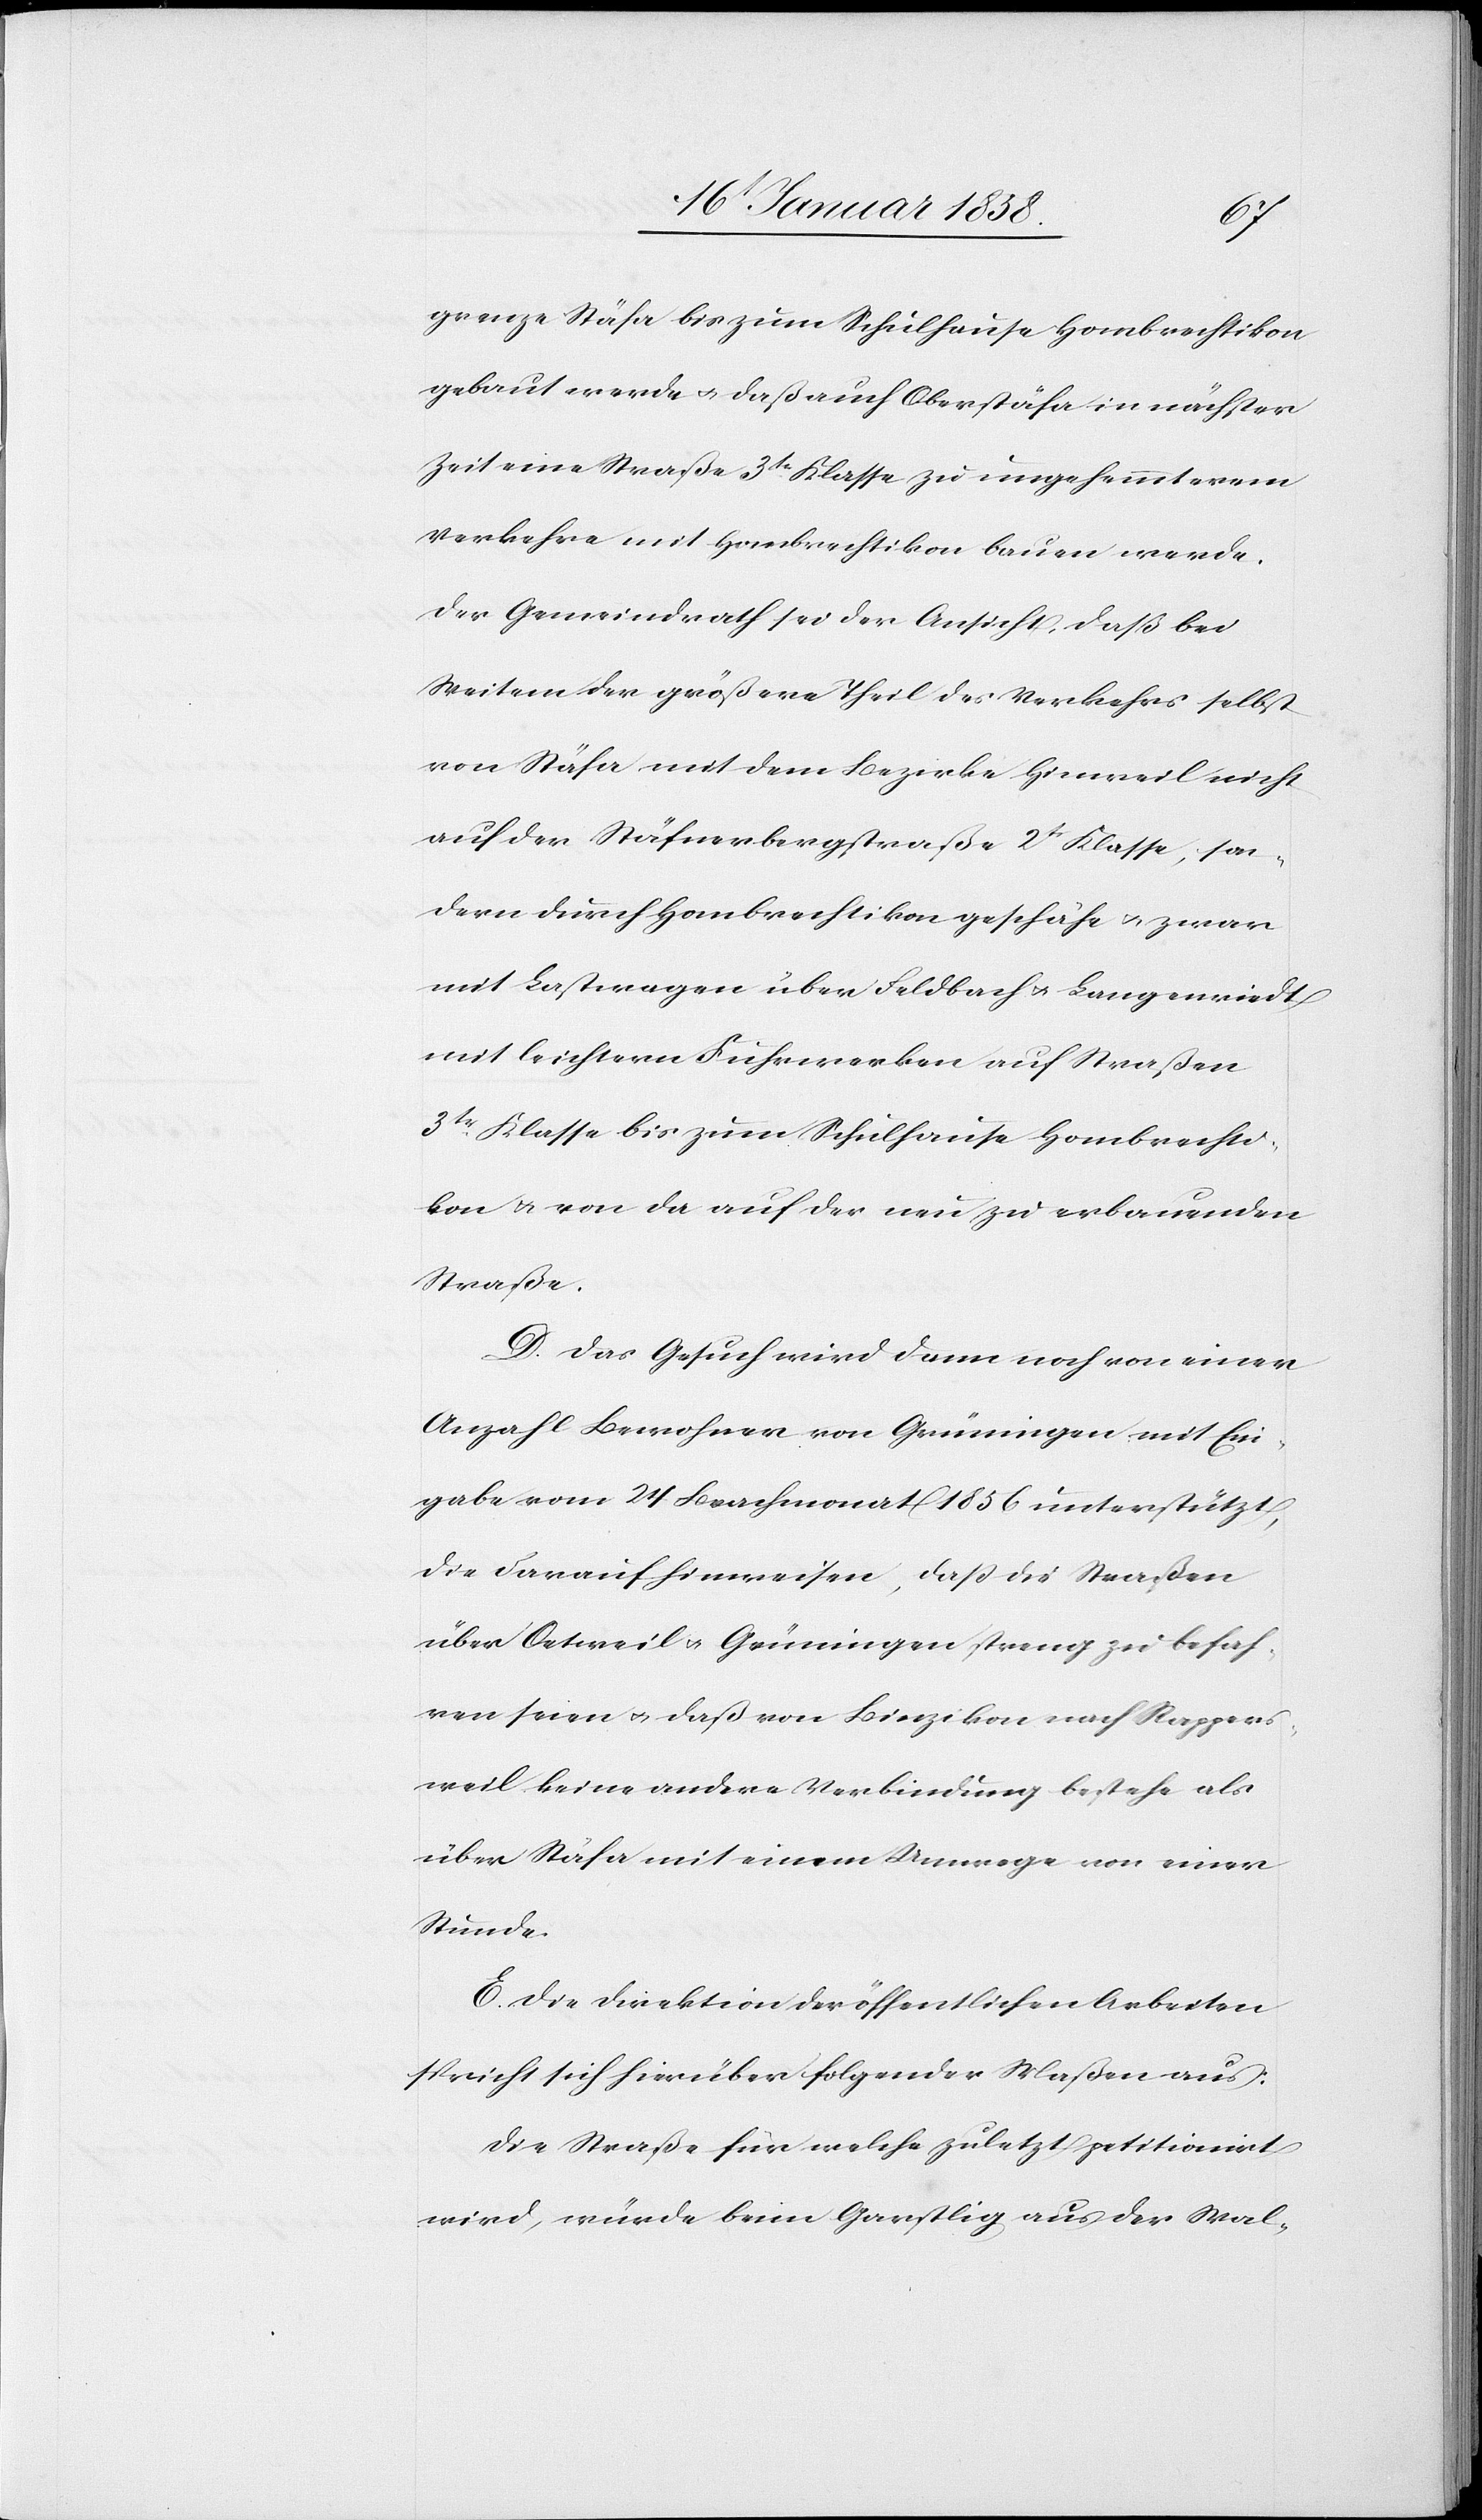
grenze Stäfa bis zum Schulhause Hombrechtikon
gebaut werde u. daß auch Oberstäfa in nächster
Zeit eine Straße 3te. Klasse zu ungehemmterem
Verkehre mit Hombrechtikon bauen werde.
Der Gemeindrath sei der Ansicht, daß bei
Weitem der größere Theil des Verkehrs selbst
von Stäfa mit dem Bezirke Hinweil nicht
auf der Stäfnerbergstraße 2t. Klasse, son¬
dern durch Hombrechtikon geschähe u. zwar
mit Lastwagen über Feldbach u. Langenriedt,
mit leichtern Fuhrwerken auf Straßen
3tr. Klasse bis zum Schulhause Hombrechti¬
kon u. von da auf der neu zu erbauenden
Straße.
D. Das Gesuch wird dann noch von einer
Anzahl Bewohner von Grüningen mit Ein¬
gabe vom 24 Brachmonat 1856 unterstützt,
die daraufhinweisen, daß die Straßen
über Oetweil u. Grüningen streng zu befah¬
ren seien u. daß von Binzikon nach Rappers¬
weil keine andere Verbindung bestehe als
über Stäfa mit einem Umwege von einer
Stunde.
E. Die Direktion der öffentlichen Arbeiten
spricht sich hierüber folgender Maßen aus:
Die Straße für welche zuletzt petitionirt
wird, würde beim Garstlig aus der Wal-